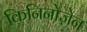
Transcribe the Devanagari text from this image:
किनिनोज़ेन